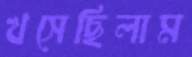
খসেছিলাম